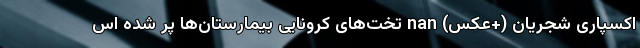
اکسپاری شجریان (+عکس) nan تخت‌های کرونایی بیمارستان‌ها پُر شده اس